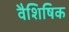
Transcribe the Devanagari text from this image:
वैशिषिक